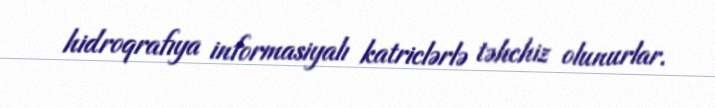
hidroqrafıya informasiyalı katriclərlə təhchiz olunurlar.